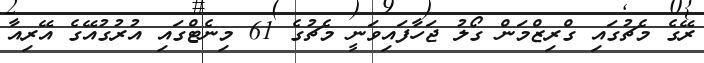
ރޭގެ މެޗުގައި ގްރިޒްމަން ގޯލު ޖަހާފައިވަނީ މެޗުގެ 61 މިނެޓްގައި އުރުގުއޭގެ އޭރިއާ